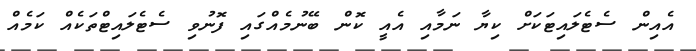
އެއިން ސެޓެލައިޓަކަށް ކިޔާ ނަމާއި އެއީ ކޮން ބޭނުމެއްގައި ފޮނުވި ސެޓެލައިޓްތަކެއް ކަމެއް